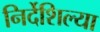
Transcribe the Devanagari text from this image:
निर्देशिल्या